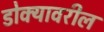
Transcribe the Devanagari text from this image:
डोक्‍यावरील